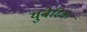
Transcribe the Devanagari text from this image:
युबेरिक